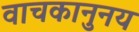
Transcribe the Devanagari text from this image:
वाचकानुनय